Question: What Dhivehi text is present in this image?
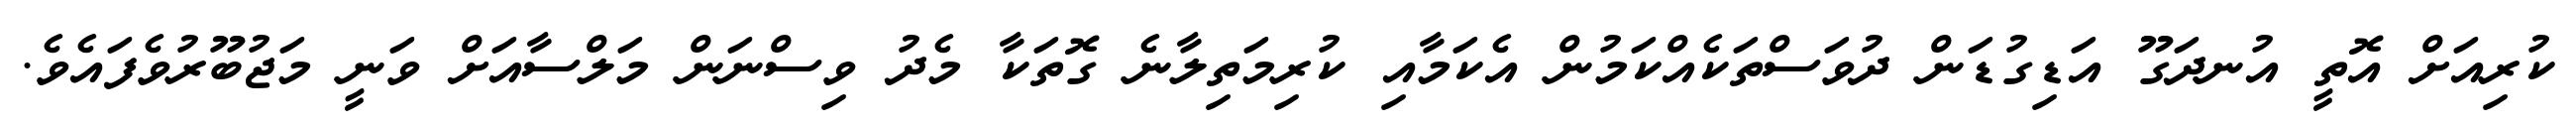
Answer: ކުރިއަށް އޮތީ އުނދަގޫ އަޑިގުޑަން ދުވަސްތަކެއްކަމުން އެކަމާއި ކުރިމަތިލާނެ ގޮތަކާ މެދު ވިސްނަން މަލްސާއަށް ވަނީ މަޖުބޫރުވެފައެވެ.